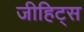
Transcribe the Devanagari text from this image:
जीहिट्स